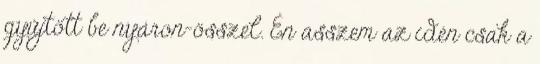
gyűjtött be nyáron-összel. Én asszem az idén csak a